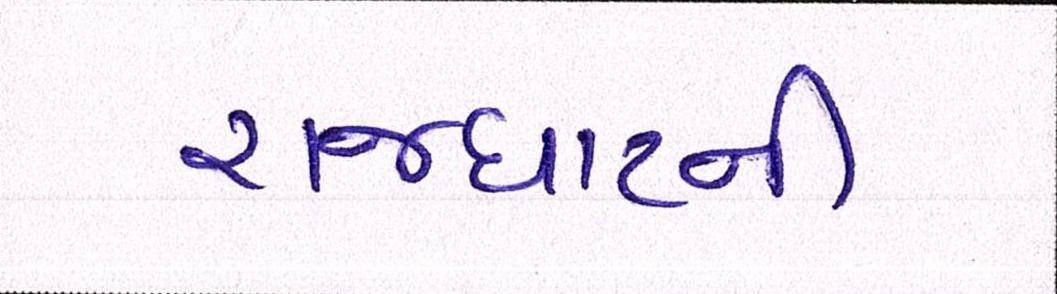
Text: રાજઘાટની